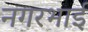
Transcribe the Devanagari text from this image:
नगरभाई